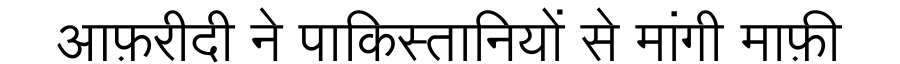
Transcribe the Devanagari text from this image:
आफ़रीदी ने पाकिस्तानियों से मांगी माफ़ी